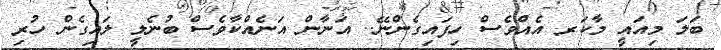
ބަލަ މިއައީ މާކަރ އެއްވެސް ހިފައިގެންނޭ.. އަނާން އަނެއްކާވެސް ބުނެލީ ލައިގެން ހުރި